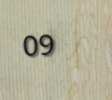
09